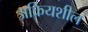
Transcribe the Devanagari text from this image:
अक्रियशील